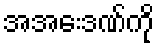
အအေးဒဏ်ကို